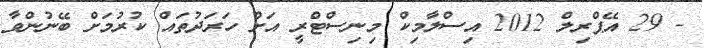
- 29 އޭޕްރިލް 2012 އިސްލާމިކް މިނިސްޓްރީ އަށް ހަރަދުތައް ކުރުމަށް ބޭނުންވާ